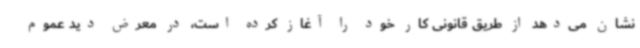
نشان می‌دهد از طریق قانونی کار خود را آغاز کرده است، در معرض دید عموم